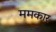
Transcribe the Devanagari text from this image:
ममकार